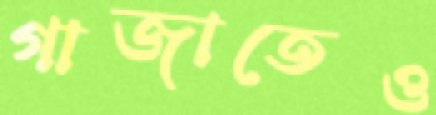
গাজাতেও